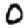
Digit: 0